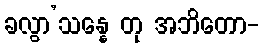
ခလွာ’သန္နေ တု အဘိတော-